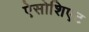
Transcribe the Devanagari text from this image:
ऐसोशिएट